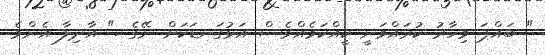
" ބައްޕަ މިހާރު ކުރައްވަނީ ކީއްކަމެއްވެސް އަޅުގަނޑަކަށް ނޭގެ ." އާދިލާ އެންމެ